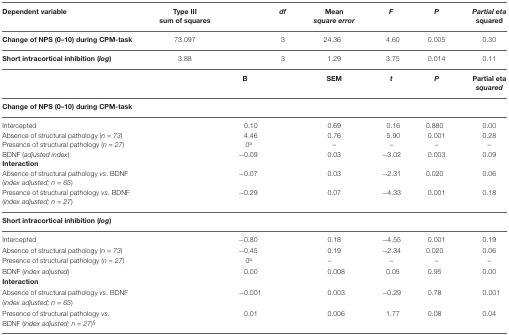
<table><thead><tr><td><b>Dependent variable</b></td><td><b>Type III sum of squares</b></td><td><b><i>df</i></b></td><td><b>Mean <i>square error</i></b></td><td><b><i>F</i></b></td><td><b><i>P</i></b></td><td><b><i>Partial eta</i> squared</b></td></tr></thead><tbody><tr><td><b>Change of NPS (0–10) during CPM-task</b></td><td>73.097</td><td>3</td><td>24.36</td><td>4.60</td><td>0.005</td><td>0.30</td></tr><tr><td><b>Short intracortical inhibition (<i>log</i>)</b></td><td>3.88</td><td>3</td><td>1.29</td><td>3.75</td><td>0.014</td><td>0.11</td></tr><tr><td></td><td colspan="2"><b>B</b></td><td><b>SEM</b></td><td><b><i>t</i></b></td><td><b><i>P</i></b></td><td>Partial eta <i>squared</i></td></tr><tr><td><b>Change of NPS (0–10) during CPM-task</b></td></tr><tr><td>Intercepted</td><td colspan="2">0.10</td><td>0.69</td><td>0.16</td><td>0.880</td><td>0.00</td></tr><tr><td>Absence of structural pathology (<i>n = 73</i>)</td><td colspan="2">4.46</td><td>0.76</td><td>5.90</td><td>0.001</td><td>0.28</td></tr><tr><td>Presence of structural pathology (<i>n = 27</i>)</td><td colspan="2">0<sup>a</sup></td><td>–</td><td>–</td><td>–</td><td>–</td></tr><tr><td>BDNF (<i>adjusted index</i>)</td><td colspan="2">−0.09</td><td>0.03</td><td>−3.02</td><td>0.003</td><td>0.09</td></tr><tr><td><b>Interaction</b></td></tr><tr><td>Absence of structural pathology <i>vs</i>. BDNF (<i>index adjusted; n = 65</i>)</td><td colspan="2">−0.07</td><td>0.03</td><td>−2.31</td><td>0.020</td><td>0.06</td></tr><tr><td>Presence of structural pathology <i>vs</i>. BDNF (<i>index adjusted; n = 27</i>)</td><td colspan="2">−0.29</td><td>0.07</td><td>−4.33</td><td>0.001</td><td>0.18</td></tr><tr><td><b>Short intracortical inhibition (<i>log</i>)</b></td></tr><tr><td>Intercepted</td><td colspan="2">−0.80</td><td>0.18</td><td>−4.55</td><td>0.001</td><td>0.19</td></tr><tr><td>Absence of structural pathology (<i>n = 73</i>)</td><td colspan="2">−0.45</td><td>0.19</td><td>−2.34</td><td>0.020</td><td>0.06</td></tr><tr><td>Presence of structural pathology (<i>n = 27</i>)</td><td colspan="2">0<sup>a</sup></td><td>–</td><td>–</td><td>–</td><td>–</td></tr><tr><td>BDNF (<i>index adjusted</i>)</td><td colspan="2">0.00</td><td>0.008</td><td>0.05</td><td>0.95</td><td>0.00</td></tr><tr><td><b>Interaction</b></td></tr><tr><td>Absence of structural pathology <i>vs</i>. BDNF (<i>index adjusted; n = 65</i>)</td><td colspan="2">−0.001</td><td>0.003</td><td>−0.29</td><td>0.78</td><td>0.001</td></tr><tr><td>Presence of structural pathology <i>vs</i>.BDNF (<i>index adjusted; n = 27</i>)<sup>§</sup></td><td colspan="2">0.01</td><td>0.006</td><td>1.77</td><td>0.08</td><td>0.04</td></tr></tbody></table>